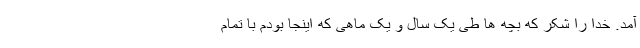
آمد. خدا را شکر که بچه ها طی یک سال و یک ماهی که اینجا بودم با تمام